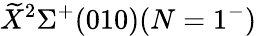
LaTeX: \widetilde{X}{}^{2}\Sigma^{+}(010)(N=1^{-})